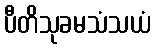
ပီတိသုခမသံသယံ